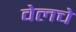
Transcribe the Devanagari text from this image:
वेलचे